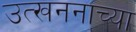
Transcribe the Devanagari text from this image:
उत्खननाच्या